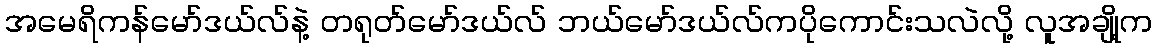
အမေရိကန်မော်ဒယ်လ်နဲ့ တရုတ်မော်ဒယ်လ် ဘယ်မော်ဒယ်လ်ကပိုကောင်းသလဲလို့ လူအချို့က